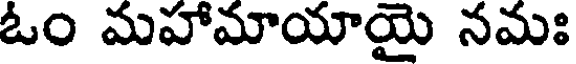
ఓం మహామాయాయై నమః